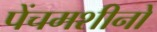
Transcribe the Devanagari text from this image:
पेंचमशीनों